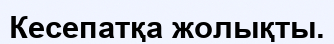
Кесепатқа жолықты.